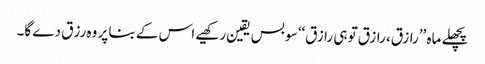
پچھلے ماہ ’’رازق، رازق تو ہی رازق‘‘ سو بس یقین رکھیے اس کے بنا پر وہ رزق دے گا۔